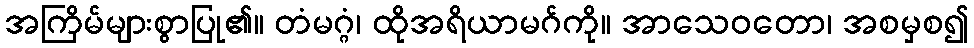
အကြိမ်များစွာပြု၏။ တံမဂ္ဂံ၊ ထိုအရိယာမဂ်ကို။ အာသေဝတော၊ အစမှစ၍